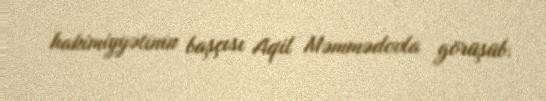
hakimiyyətinin başçısı Aqil Məmmədovla görüşüb.